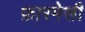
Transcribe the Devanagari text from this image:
फ़ारमेसी